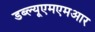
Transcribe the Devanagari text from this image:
डब्ल्यूएमएमआर